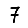
Digit: 7